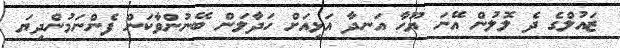
ޒައުލްގެ ދެ ލޮލުން އޭނަ ޔޫހާ އަނދާ އަޅިއަށް ހަދާލަން ބޭނުންވާކަން ފެންނަމުންދިޔަ